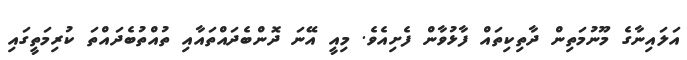
އަލައިނާގެ މޫނުމަތިން ދާތިކިތައް ފާޅުވާން ފެށިއެވެ. މިއީ އޭނަ ދޮންބެދައްތައާއި ތުއްތުބެދައްތަ ކުރިމަތީގައި